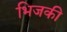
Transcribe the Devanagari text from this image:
भिजकी